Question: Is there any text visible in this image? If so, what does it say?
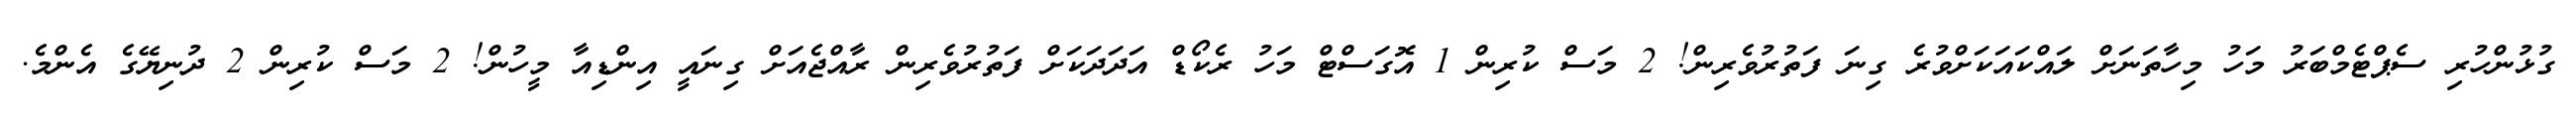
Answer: ގުޅުންހުރި ސެޕްޓެމްބަރު މަހު މިހާތަނަށް ލައްކައަކަށްވުރެ ގިނަ ފަތުރުވެރިން! 2 މަސް ކުރިން 1 އޮގަސްޓް މަހު ރެކޯޑް އަދަދަކަށް ފަތުރުވެރިން ރާއްޖެއަށް ގިނައީ އިންޑިއާ މީހުން! 2 މަސް ކުރިން 2 ދުނިޔޭގެ އެންމެ.